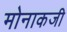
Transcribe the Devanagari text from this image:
मोनाकजी